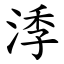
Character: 㳵